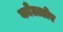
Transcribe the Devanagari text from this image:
काँटाडोर